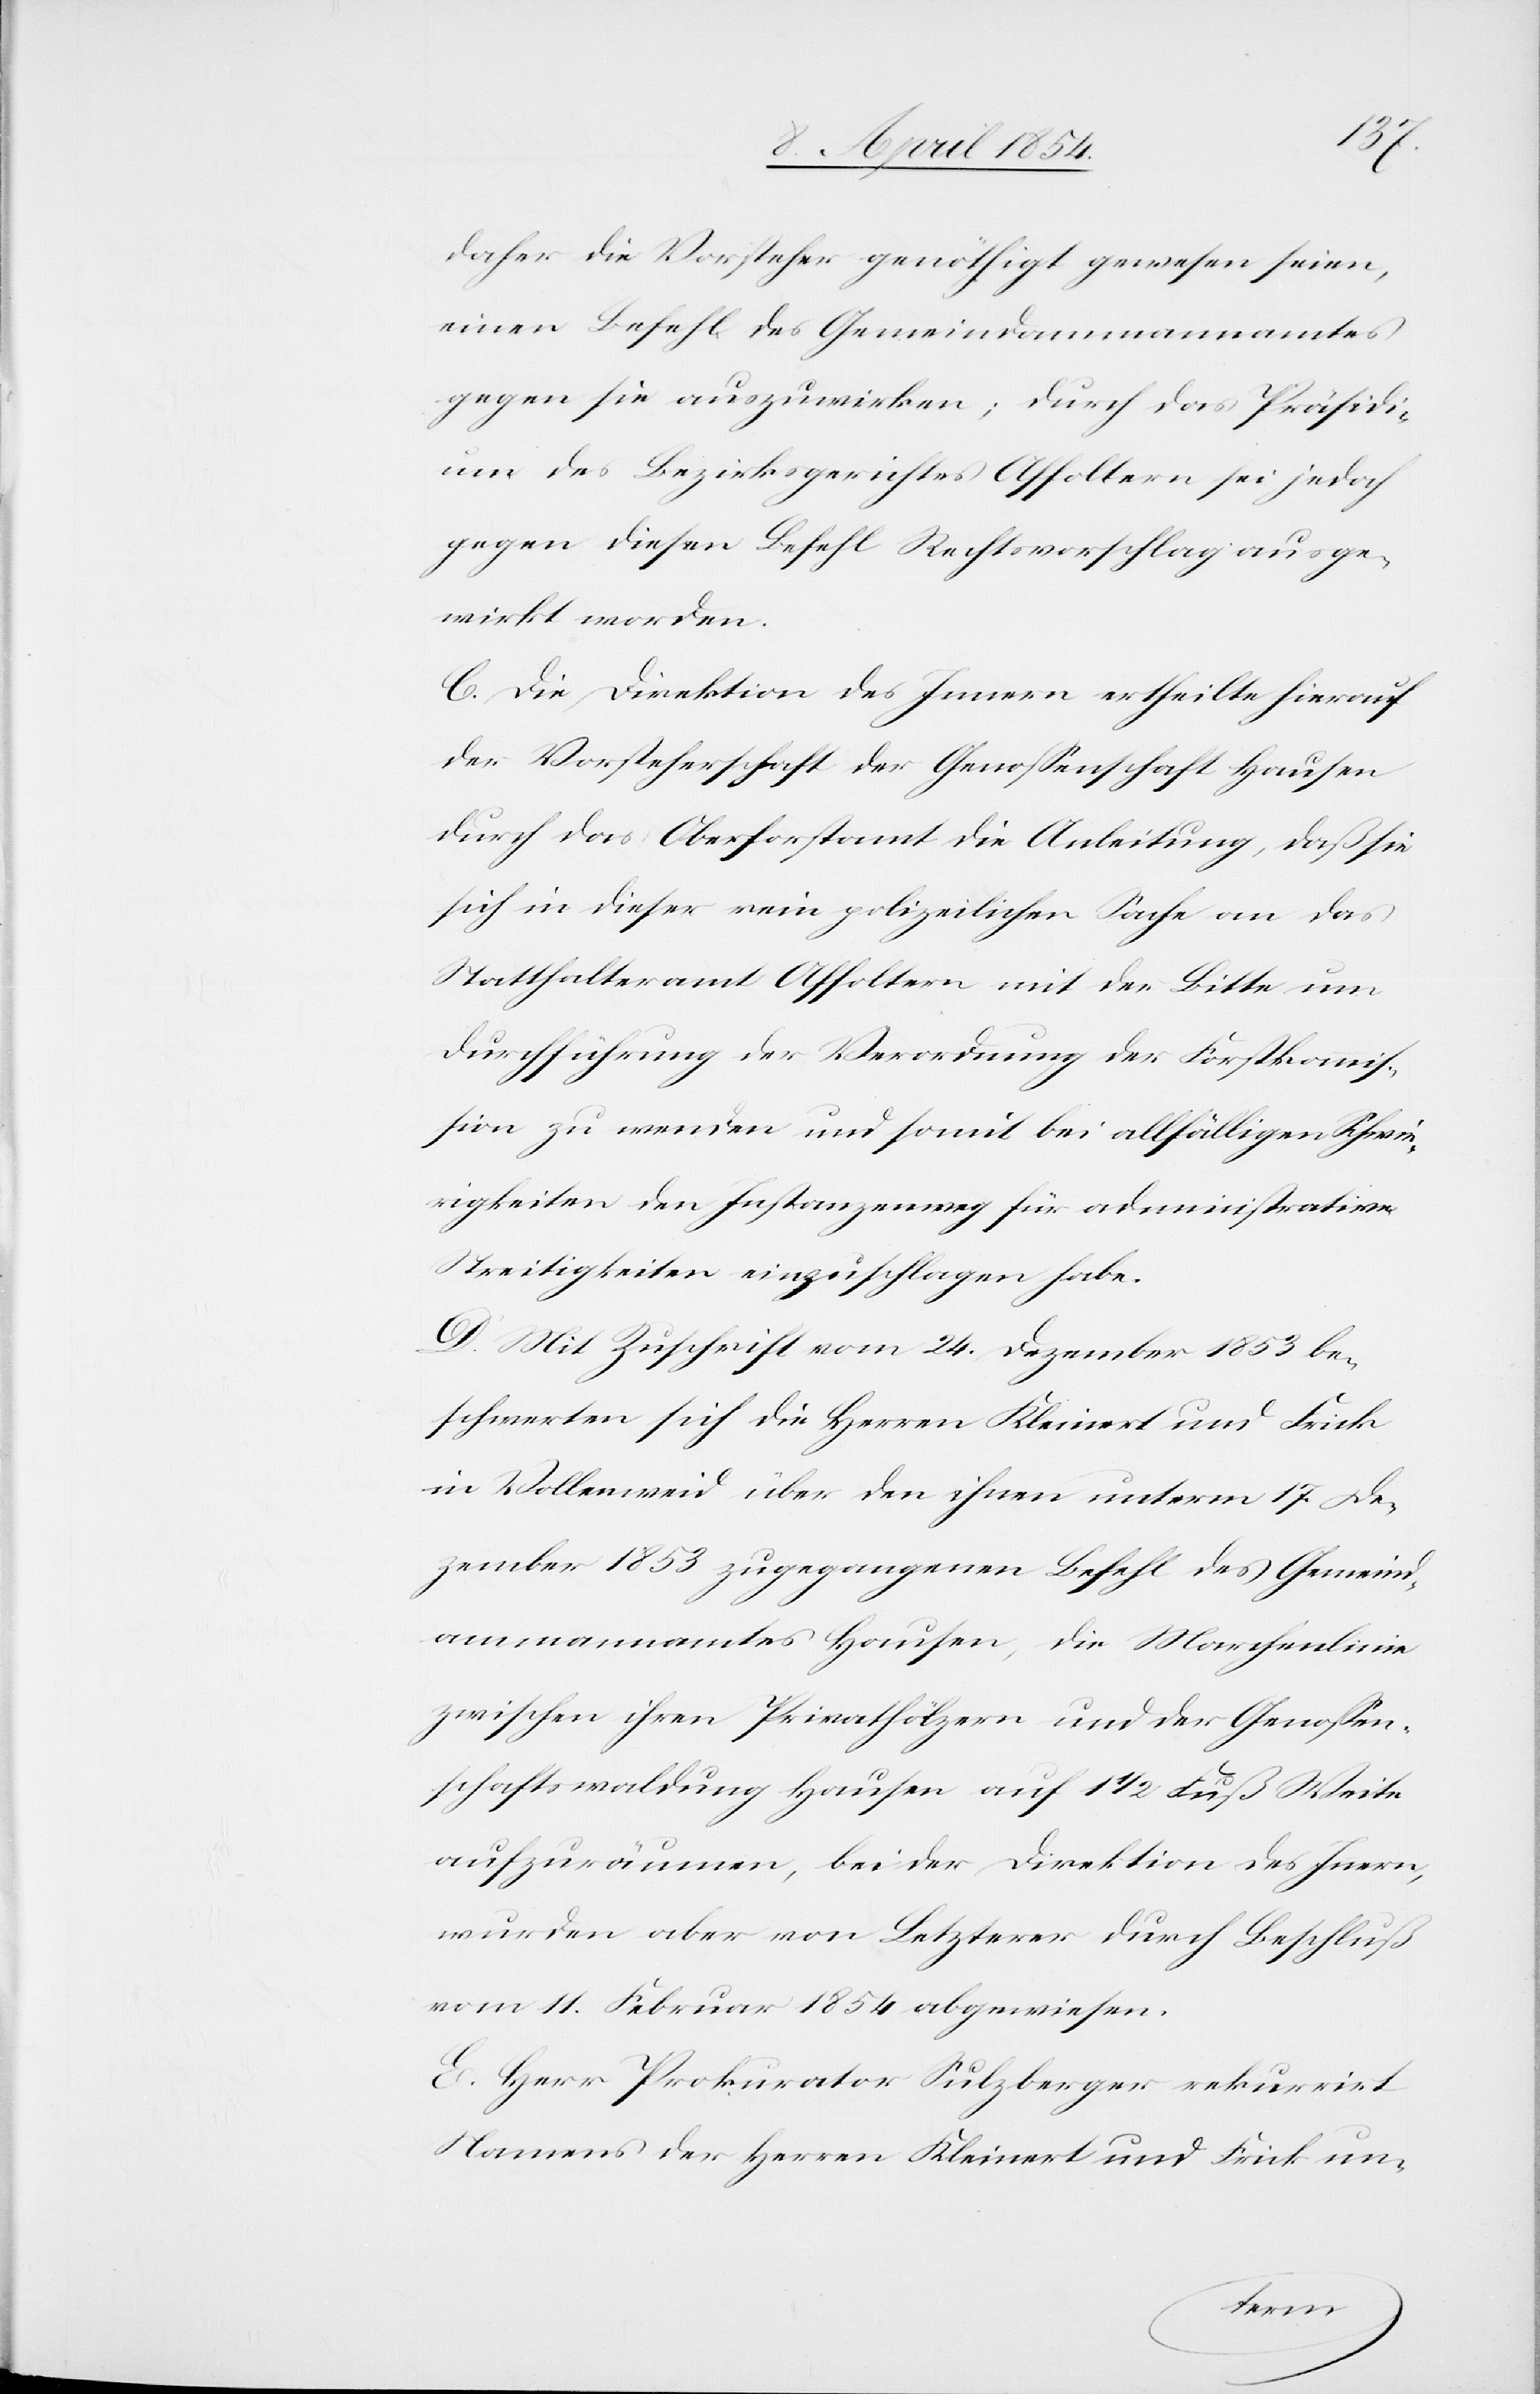
daher die Vorsteher genöthigt gewesen seien,
einen Befehl des Gemeindammannamtes
gegen sie auszuwirken; durch das Präsidi¬
um des Bezirksgerichtes Affoltern sei jedoch
gegen diesen Befehl Rechtsvorschlag ausge¬
wirkt worden.
C. Die Direktion des Innern ertheilte hierauf
der Vorsteherschaft der Genoßenschaft Hausen
durch das Oberforstamt die Anleitung, daß sie
sich in dieser rein polizeilichen Sache an das
Statthalteramt Affoltern mit der Bitte um
Durchführung der Verordnung der Forstkommiß¬
ion zu wenden und somit bei allfälligen Schwie¬
rigkeiten den Instanzenweg für administrative
Streitigkeiten einzuschlagen habe.
D. Mit Zuschrift vom 24. Dezember 1853 be¬
schwerten sich die Herren Kleinert und Frick
in Vollenweid über den ihnen unterm 17. De¬
zember 1853 zugegangenen Befehl des Gemeind¬
ammannamtes Hausen, die Marchenlinie
zwischen ihren Privathölzern und der Genoßen¬
schaftswaldung Hausen auf 1 1/2 Fuß Weite
aufzuräumen, bei der Direktion des Innern,
wurden aber von Letzterer durch Beschluß
vom 11. Februar 1854 abgewiesen.
E. Herr Prokurator Sulzberger rekurrirt
Namens der Herren Kleinert und Frick un-